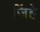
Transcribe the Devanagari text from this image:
जिंहे